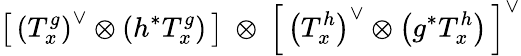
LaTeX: \left[\, \left(T_{x}^{g}\right)^{\vee}\otimes\left(h^{*}T_{x}^{g}\right)\, \right]\: \otimes\: \left[\, \left(T_{x}^{h}\right)^{\vee}\otimes\left(g^{*}T_{x}^{h}\right)\, \right]^{\vee}